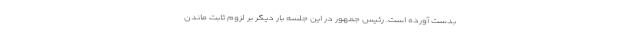
بدست آورده است‌. رئیس جمهور در این جلسه بار دیگر بر لزوم ثابت ماندن